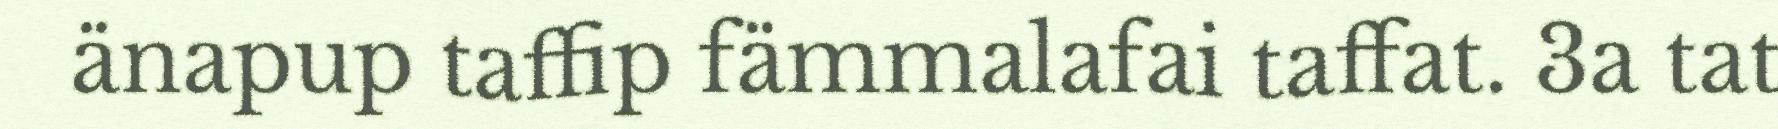
änapup taffip fämmalafai taffat. 3a tat